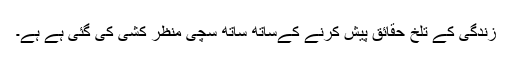
زندگی کے تلخ حقائق پیش کرنے کےساتھ ساتھ سچی منظر کشی کی گئی ہے ہے۔